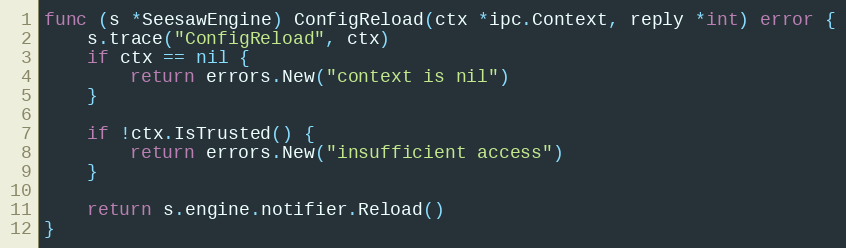
Language: Go
func (s *SeesawEngine) ConfigReload(ctx *ipc.Context, reply *int) error {
	s.trace("ConfigReload", ctx)
	if ctx == nil {
		return errors.New("context is nil")
	}

	if !ctx.IsTrusted() {
		return errors.New("insufficient access")
	}

	return s.engine.notifier.Reload()
}